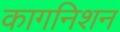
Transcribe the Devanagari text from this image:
कागनिशन